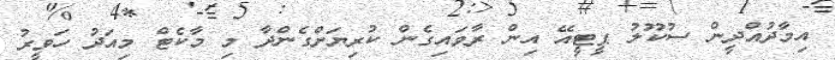
އިމާދުއްދީން ސުކޫލު ޕީޓީއޭ އިން ރާވައިގެން ކުރިޔަށްގެންދާ މި މާކެޓް މިއަދު ހަވީރު